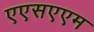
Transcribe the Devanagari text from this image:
एएसएएम